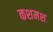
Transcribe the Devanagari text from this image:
कशमश